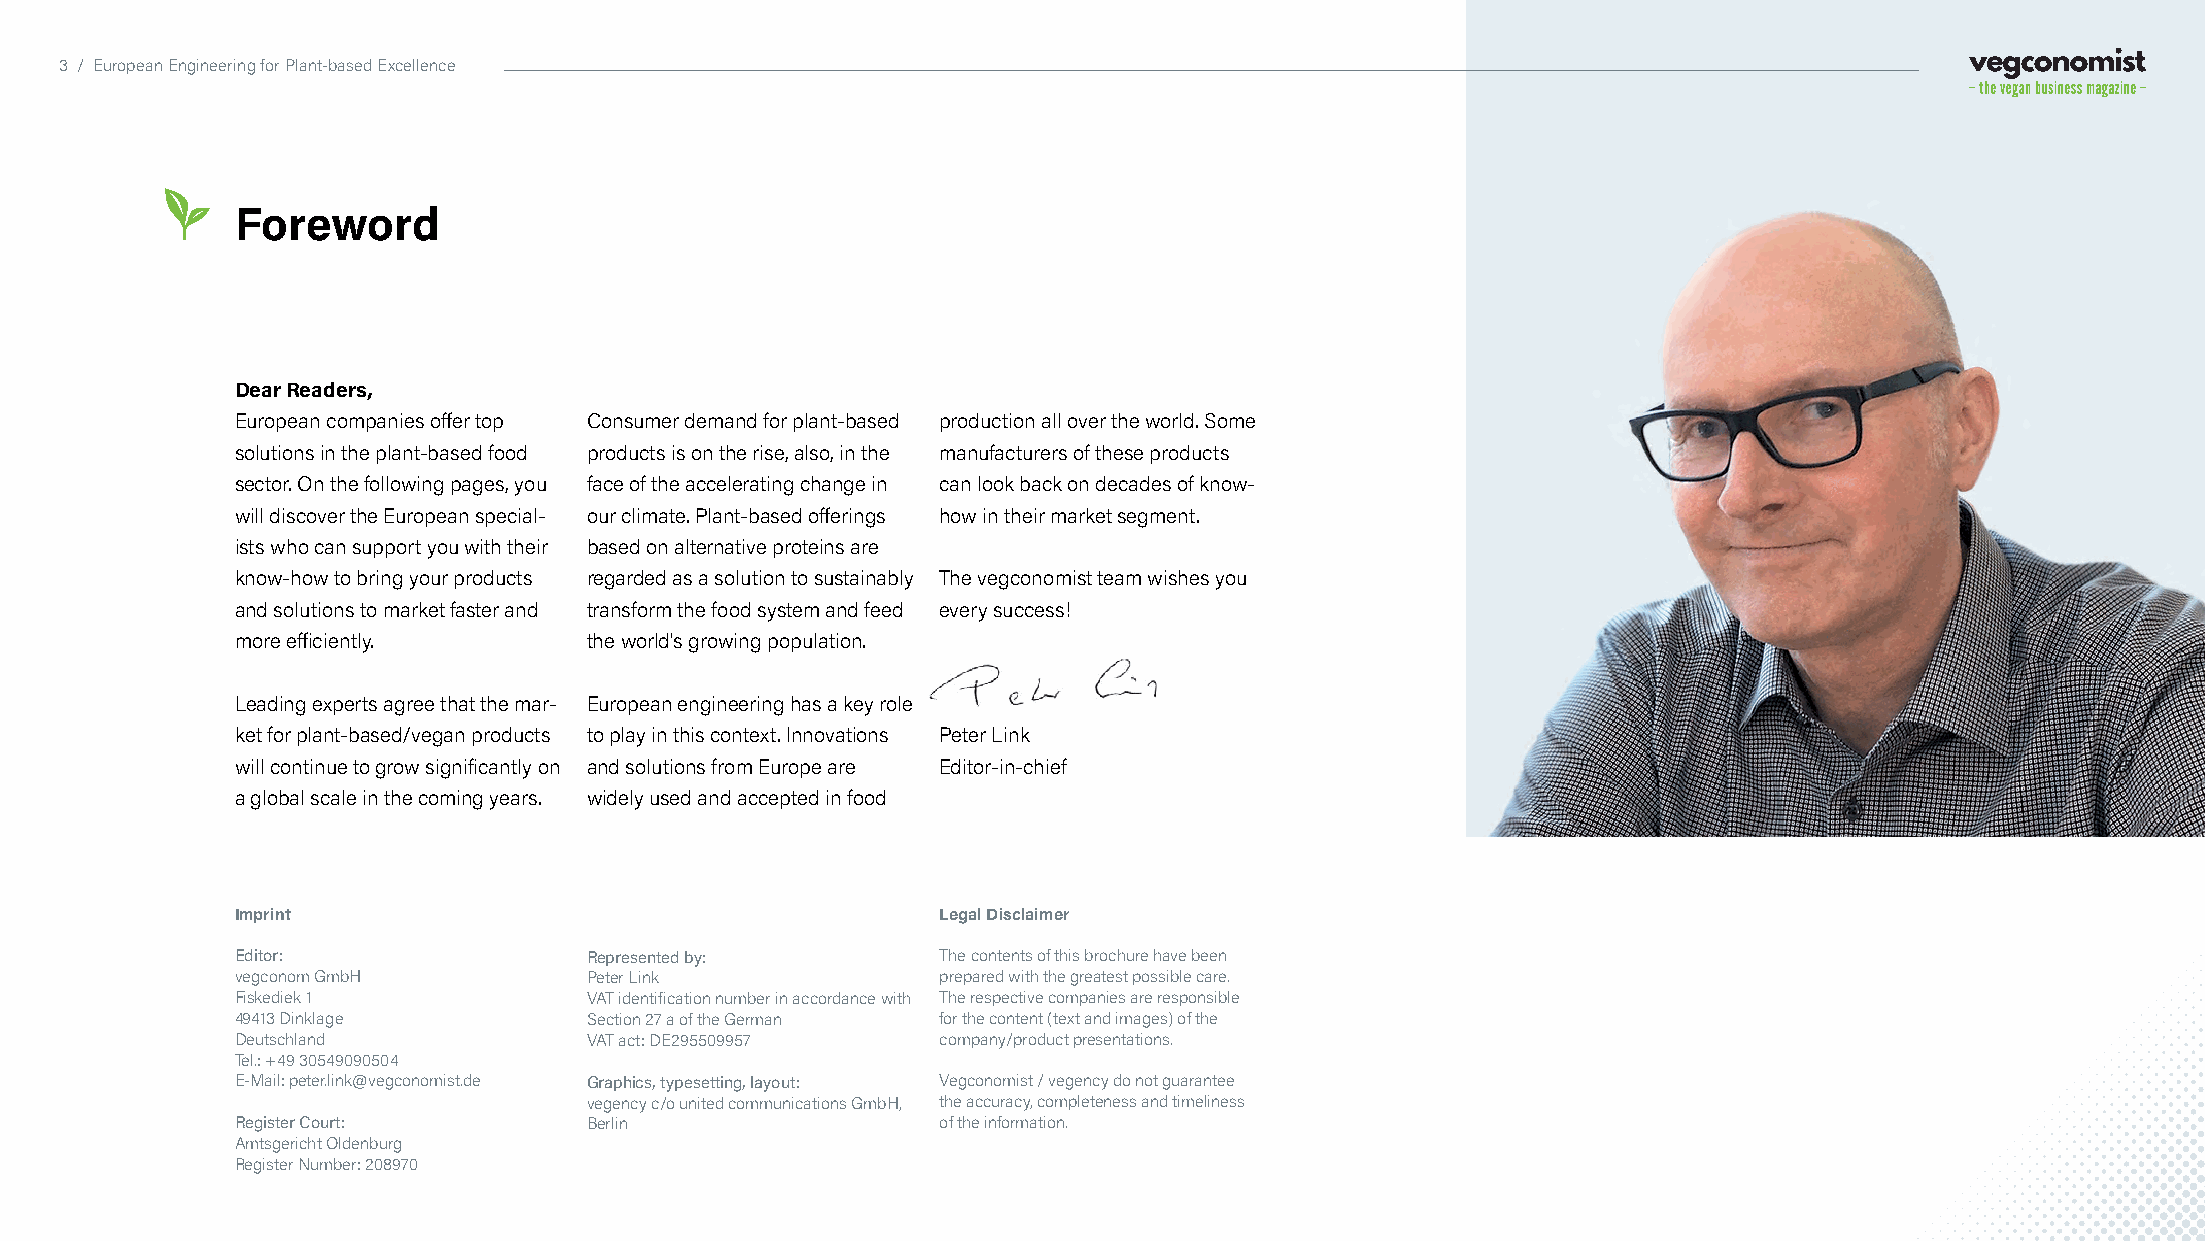
3 / European Engineering for Plant-based Excellence
 Foreword
 Dear Readers,
 European companies offer top Consumer demand for plant-based production all over the world. Some
 solutions in the plant-based food products is on the rise, also, in the manufacturers of these products
 sector. On the following pages, you face of the accelerating change in can look back on decades of know-
 will discover the European special- our climate. Plant-based offerings how in their market segment.
 ists who can support you with their based on alternative proteins are
 know-how to bring your products regarded as a solution to sustainably The vegconomist team wishes you
 and solutions to market faster and transform the food system and feed every success!
 more efficiently.      the world's growing population.
 Leading experts agree that the mar- European engineering has a key role
 ket for plant-based/vegan products to play in this context. Innovations Peter Link
 will continue to grow significantly on and solutions from Europe are Editor-in-chief
 a global scale in the coming years. widely used and accepted in food
 Imprint                                       Legal Disclaimer
 Editor:                Represented by:        The contents of this brochure have been
 vegconom GmbH          Peter Link             prepared with the greatest possible care.
 Fiskediek 1            VAT identification number in accordance with The respective companies are responsible
 49413 Dinklage         Section 27 a of the German for the content (text and images) of the
 Deutschland            VAT act: DE295509957   company/product presentations.
 Tel.: +49 30549090504
 E-Mail: peter.link@vegconomist.de Graphics, typesetting, layout: Vegconomist / vegency do not guarantee
 vegency c/o united communications GmbH, the accuracy, completeness and timeliness
 Register Court:        Berlin                 of the information.
 Amtsgericht Oldenburg
 Register Number: 208970